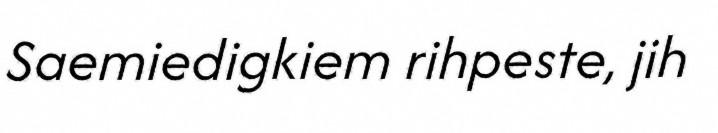
Saemiedigkiem rihpeste, jih